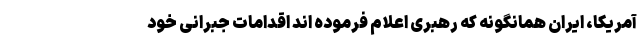
آمریکا، ایران همانگونه که رهبری اعلام فرموده اند اقدامات جبرانی خود